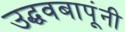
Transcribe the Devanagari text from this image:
उद्धवबापूंनी